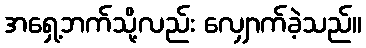
အရှေ့ဘက်သို့လည်း လျှောက်ခဲ့သည်။